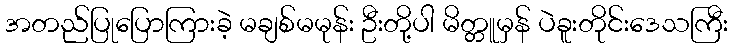
အတည်ပြုပြောကြားခဲ့ မချစ်မမုန်း ဦးတို့ပါ မိတ္တူမှန် ပဲခူးတိုင်းဒေသကြီး